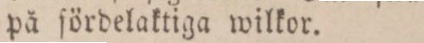
på fördelaktiga wilkor.